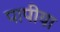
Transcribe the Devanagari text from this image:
पापीया